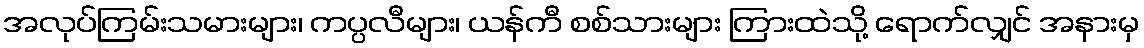
အလုပ်ကြမ်းသမားများ၊ ကပ္ပလီများ၊ ယန်ကီ စစ်သားများ ကြားထဲသို့ ရောက်လျှင် အနားမှ